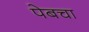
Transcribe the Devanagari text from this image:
पेबचा